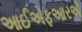
આઈએફઆરએ